Vaccination in Burma 1900-1911 - 1900-1911
Year: 1900
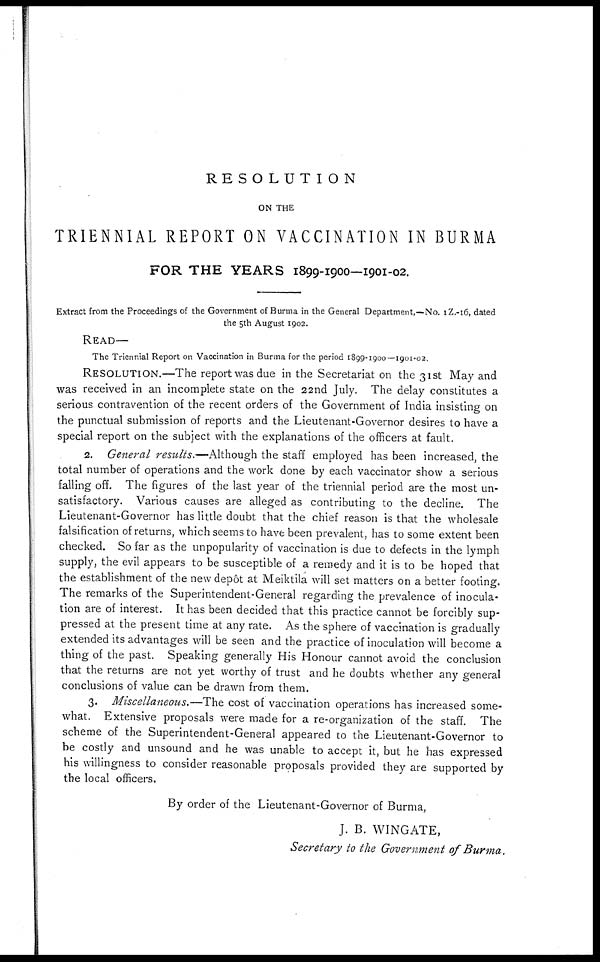
RESOLUTION
ON THE
TRIENNIAL REPORT ON VACCINATION IN BURMA
FOR THE YEARS 1899-1900—1901-02.
Extract from the Proceedings of the Government of Burma in the General Department,—No. 1Z.-16, dated
the 5th August 1902.
READ—
The Triennial Report on Vaccination in Burma for the period 1899-1900—1901-02.
RESOLUTION.—The report was due in the Secretariat on the 31st May and
was received in an incomplete state on the 22nd July. The delay constitutes a
serious contravention of the recent orders of the Government of India insisting on
the punctual submission of reports and the Lieutenant-Governor desires to have a
special report on the subject with the explanations of the officers at fault.
2. General results.—Although the staff employed has been increased, the
total number of operations and the work done by each vaccinator show a serious
falling off. The figures of the last year of the triennial period are the most un-
satisfactory. Various causes are alleged as contributing to the decline. The
Lieutenant-Governor has little doubt that the chief reason is that the wholesale
falsification of returns, which seems to have been prevalent, has to some extent been
checked. So far as the unpopularity of vaccination is due to defects in the lymph
supply, the evil appears to be susceptible of a remedy and it is to be hoped that
the establishment of the new depôt at Meiktila will set matters on a better footing.
The remarks of the Superintendent-General regarding the prevalence of inocula-
tion are of interest. It has been decided that this practice cannot be forcibly sup-
pressed at the present time at any rate. As the sphere of vaccination is gradually
extended its advantages will be seen and the practice of inoculation will become a
thing of the past. Speaking generally His Honour cannot avoid the conclusion
that the returns are not yet worthy of trust and he doubts whether any general
conclusions of value can be drawn from them.
3. Miscellaneous.—The cost of vaccination operations has increased some-
what. Extensive proposals were made for a re-organization of the staff. The
scheme of the Superintendent-General appeared to the Lieutenant-Governor to
be costly and unsound and he was unable to accept it, but he has expressed
his willingness to consider reasonable proposals provided they are supported by
the local officers.
By order of the Lieutenant-Governor of Burma,
J. B. WINGATE,
Secretary to the Government of Burma.